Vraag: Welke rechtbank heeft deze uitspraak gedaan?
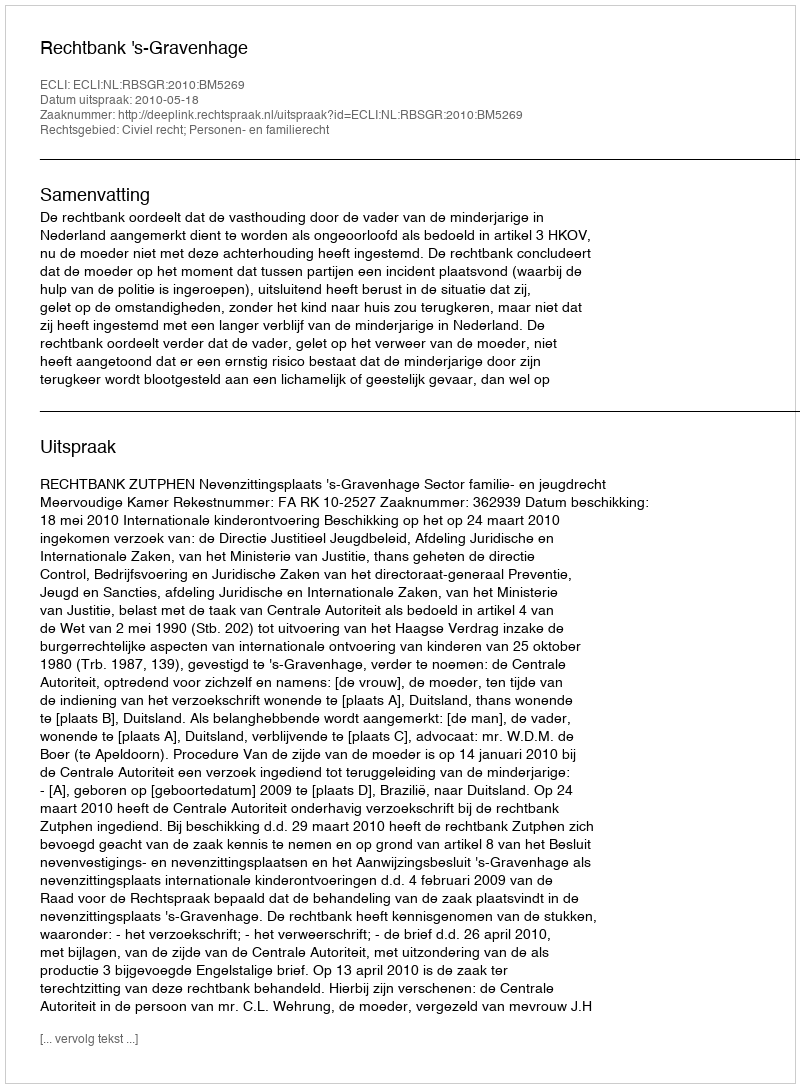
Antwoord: Rechtbank 's-Gravenhage